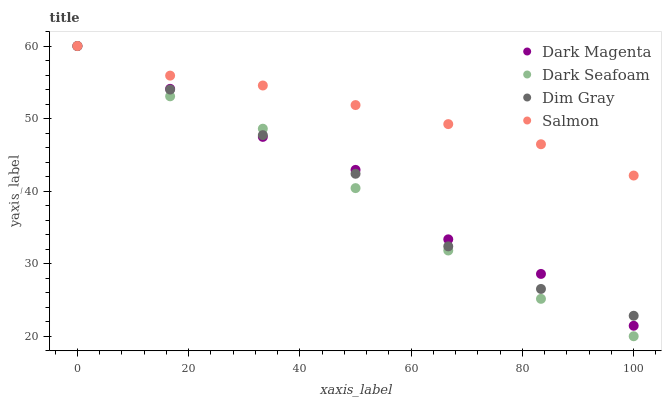
| xaxis_label | Dark Magenta | Dark Seafoam | Dim Gray | Salmon |
 | --- | --- | --- | --- | --- |
 | 0 | 60 | 60 | 60 | 60 |
 | 16.7 | 54.1 | 53.1 | 54 | 55.9 |
 | 33.3 | 47.5 | 48.6 | 47.7 | 54.6 |
 | 50 | 42.9 | 40.4 | 42.4 | 51.9 |
 | 66.7 | 33.3 | 31.8 | 32.4 | 49.2 |
 | 83.3 | 28.6 | 25.1 | 26.5 | 46.5 |
 | 100 | 21.4 | 20 | 22.8 | 42.1 |